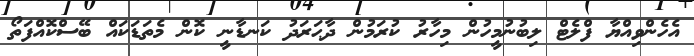
އެހެންވިއްޔާ ފްލެޓް ލިބުނުމީހުން މިހާރު ކުރަމުން ދާޙަރަދު ކަނޑާނީ ކޮން މެތަޑަކައް ބޭސްކޮއްފަތޯ